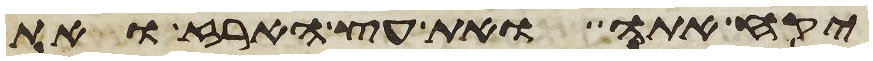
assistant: יקח אתה ואת עץ הארז ואת